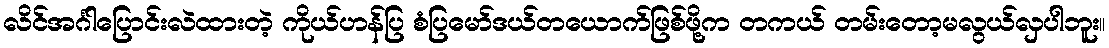
လိင်အင်္ဂါပြောင်းလဲထားတဲ့ ကိုယ်ဟန်ပြ စံပြမော်ဒယ်တယောက်ဖြစ်ဖို့က တကယ် တမ်းတော့မလွယ်လှပါဘူး။